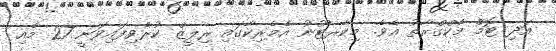
އަދި ޓޮމް މެކްގްރާތު އެވެ. މިކާރޓޫނު އެމެރިކާގައި ރިލީޒް ކުރެވިފައިވަނީ 27 މެއި